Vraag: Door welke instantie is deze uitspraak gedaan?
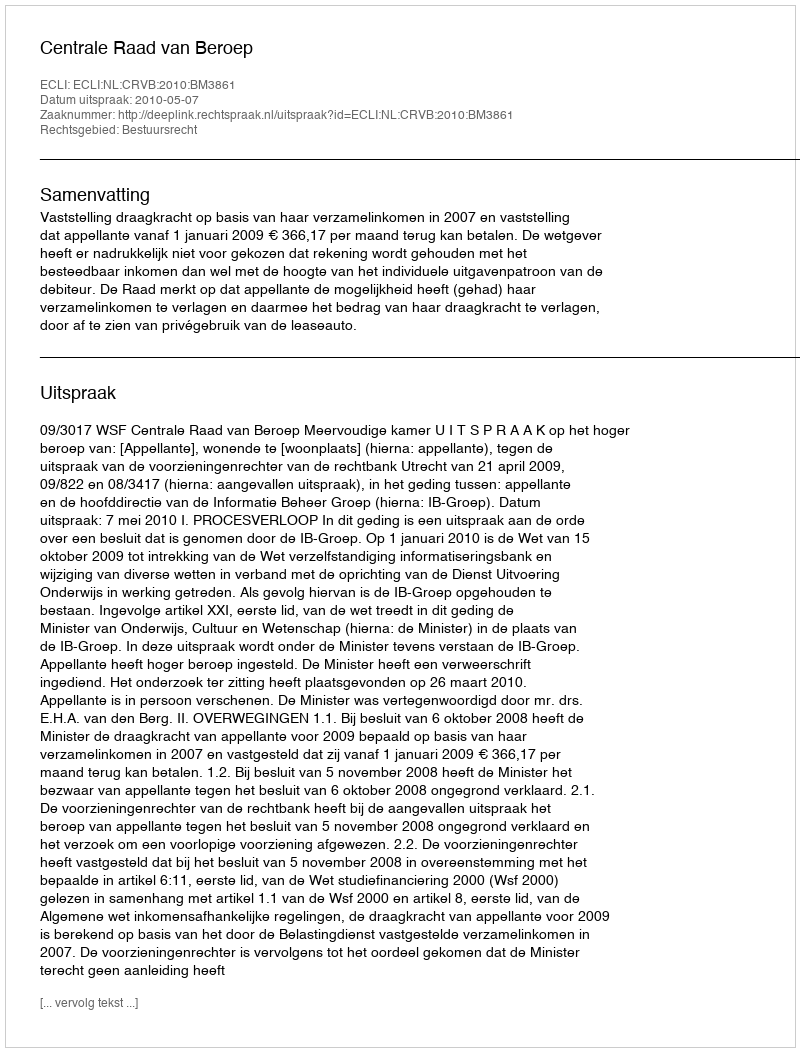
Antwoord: Centrale Raad van Beroep